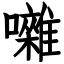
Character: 囃